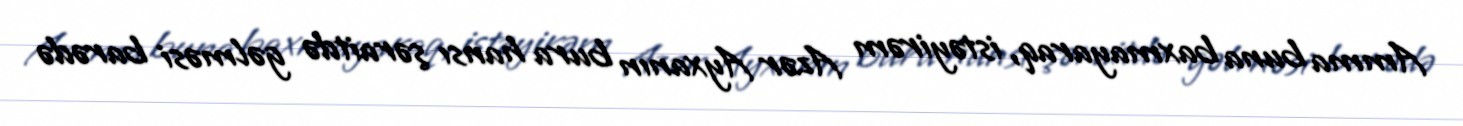
Amma buna baxmayaraq, istəyirəm Azər Ayxanın bura hansı şəraitdə gəlməsi barədə